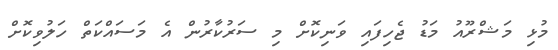
މުޅި މަޝްރޫއު މަޑު ޖެހިފައި ވަނިކޮށް މި ސަރުކާރުން އެ މަސައްކަތް ހަލުވިކޮށް